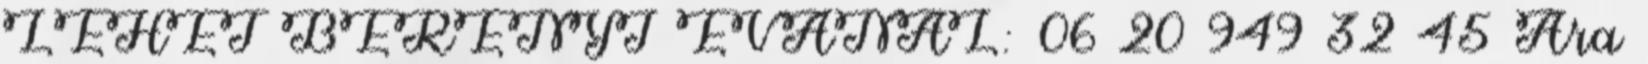
LEHET BERÉNYI ÉVÁNÁL: 06 20 949 32 45 Ára